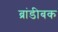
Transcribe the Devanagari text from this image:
ब्रांडीबक